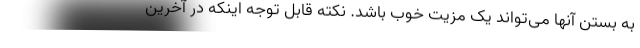
به بستن آنها می‌تواند یک مزیت خوب باشد. نکته قابل توجه اینکه در آخرین